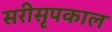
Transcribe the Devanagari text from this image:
सरीसृपकाल